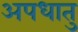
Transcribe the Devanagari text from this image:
अपधातु